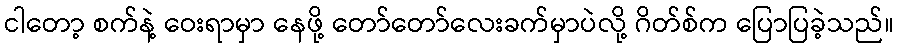
ငါတော့ စက်နဲ့ ဝေးရာမှာ နေဖို့ တော်တော်လေးခက်မှာပဲလို့ ဂိတ်စ်က ပြောပြခဲ့သည်။